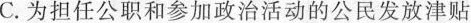
C.为担任公职和参加政治活动的公民发放津贴